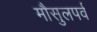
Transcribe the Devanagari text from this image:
मौसुलपर्व